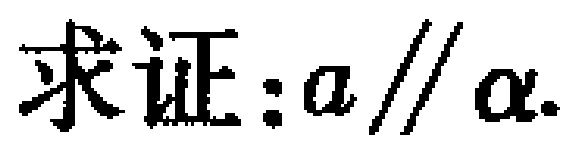
求证:\(a \parallel \alpha\)